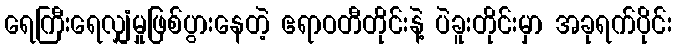
ရေကြီးရေလျှံမှုဖြစ်ပွားနေတဲ့ ဧရာဝတီတိုင်းနဲ့ ပဲခူးတိုင်းမှာ အခုရက်ပိုင်း